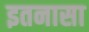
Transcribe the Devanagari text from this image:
इतनासा